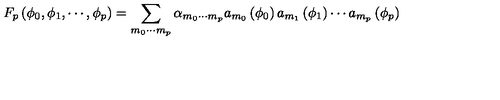
F _ { p } \left( \phi _ { 0 } , \phi _ { 1 } , \cdots , \phi _ { p } \right) = \sum _ { m _ { 0 } \cdots m _ { p } } \alpha _ { m _ { 0 } \cdots m _ { p } } a _ { m _ { 0 } } \left( \phi _ { 0 } \right) a _ { m _ { 1 } } \left( \phi _ { 1 } \right) \cdots a _ { m _ { p } } \left( \phi _ { p } \right)